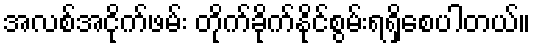
အလစ်အငိုက်ဖမ်း တိုက်ခိုက်နိုင်စွမ်းရရှိစေပါတယ်။